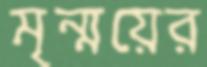
মৃন্ময়ের